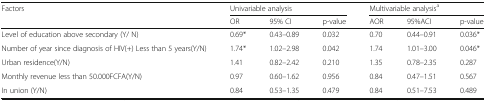
| <ROWSPAN=2> Factors | <COLSPAN=3> Univariable analysis | <COLSPAN=3> Multivariable analysisa |
 | OR | 95% CI | p-value | AOR | 95%ACI | p-value |
 | --- | --- | --- | --- | --- | --- | --- |
 | Level of education above secondary (Y/ N) | 0.69* | 0.43–0.89 | 0.032 | 0.70 | 0.44–0.91 | 0.036* |
 | Number of year since diagnosis of HIV(+) Less than 5 years(Y/N) | 1.74* | 1.02–2.98 | 0.042 | 1.74 | 1.01–3.00 | 0.046* |
 | Urban residence(Y/N) | 1.41 | 0.82–2.42 | 0.210 | 1.35 | 0.78–2.35 | 0.287 |
 | Monthly revenue less than 50.000FCFA(Y/N) | 0.97 | 0.60–1.62 | 0.956 | 0.84 | 0.47–1.51 | 0.567 |
 | In union (Y/N) | 0.84 | 0.53–1.35 | 0.479 | 0.84 | 0.51–7.53 | 0.489 |